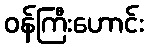
ဝန်ကြီးဟောင်း